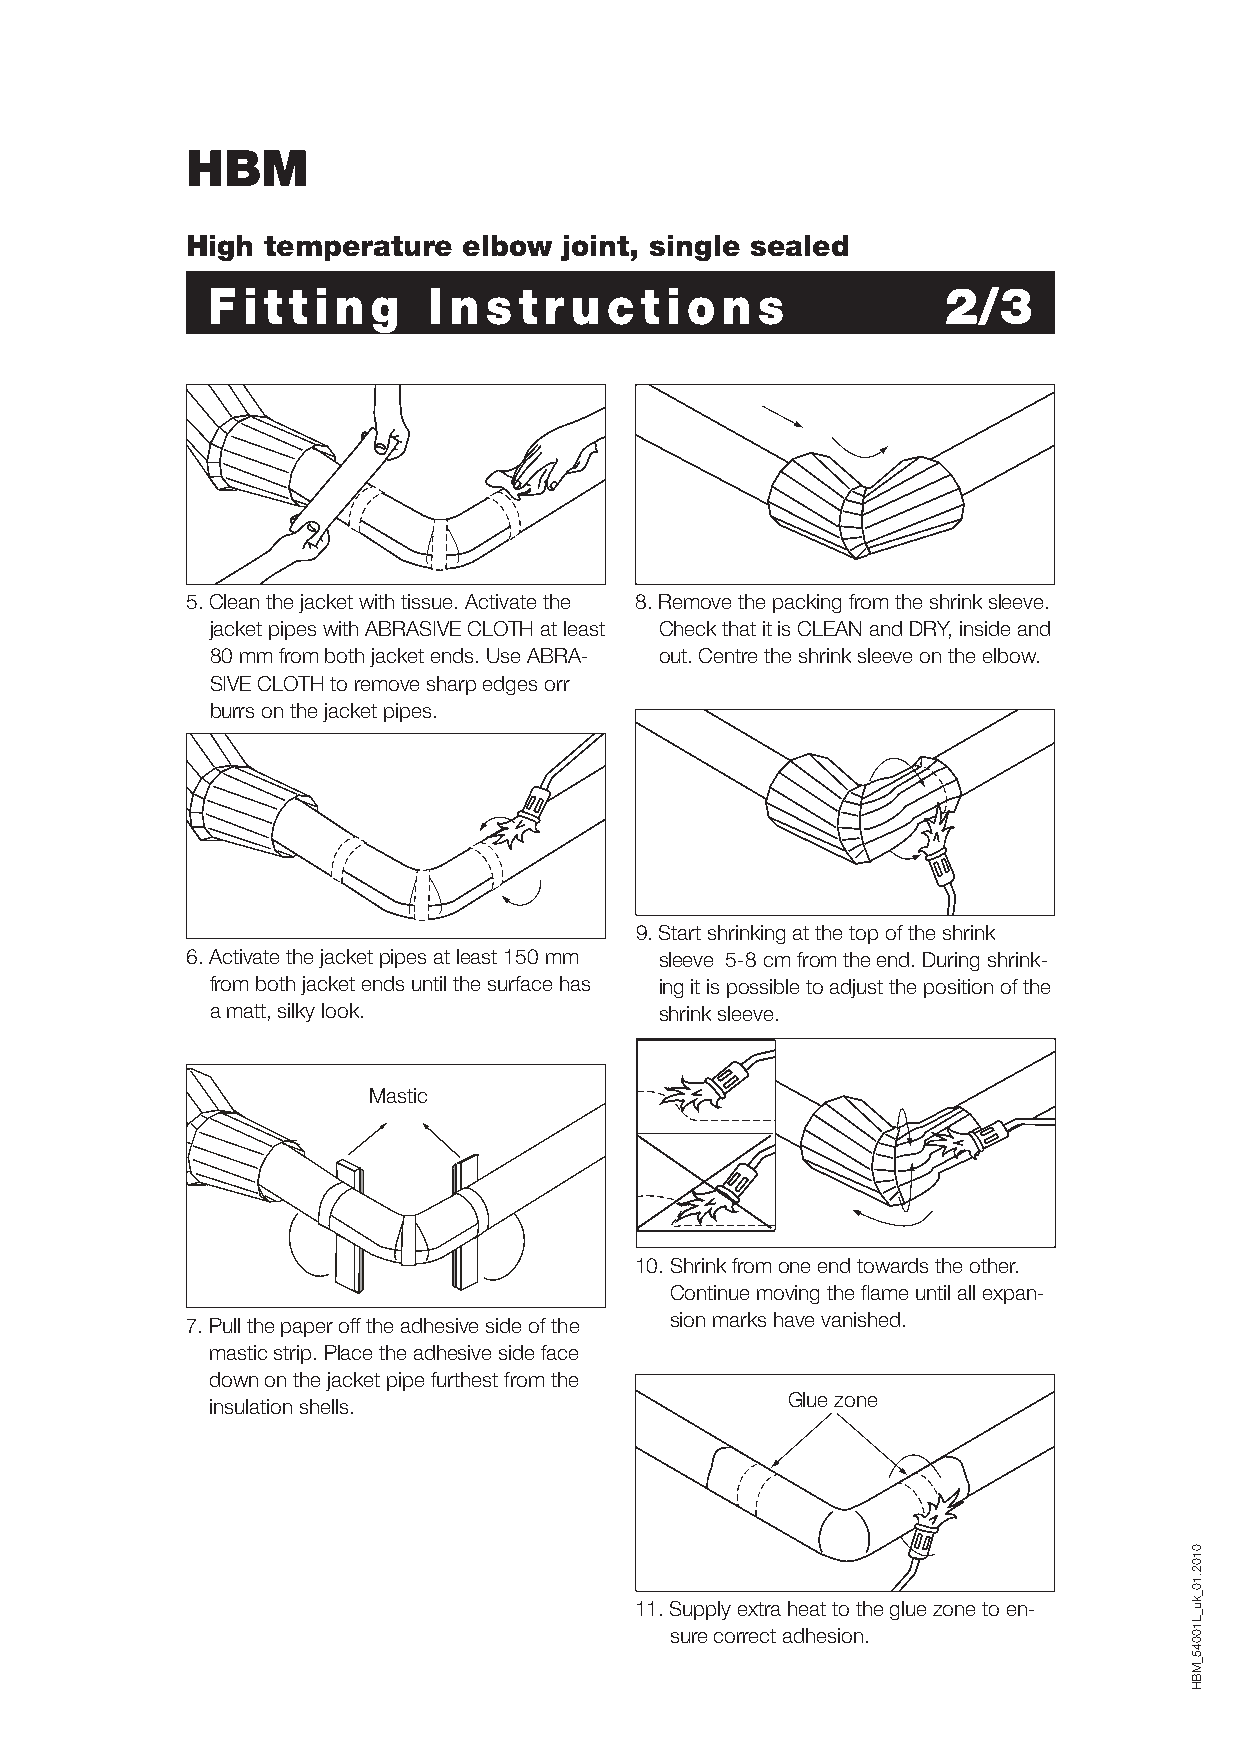
HBM
 High  temperature  elbow joint, single sealed
 F i t t i n g I n s t r u c t i o n s           2/3
 5. Clean the jacket with tissue. Activate the 8. Remove the packing from the shrink sleeve.
 jacket pipes with ABRASIVE CLOTH at least Check that it is CLEAN and DRY, inside and
 80 mm from both jacket ends. Use ABRA- out. Centre the shrink sleeve on the elbow.
 SIVE CLOTH to remove sharp edges orr
 burrs on the jacket pipes.
 9. Start shrinking at the top of the shrink
 6. Activate the jacket pipes at least 150 mm sleeve 5-8 cm from the end. During shrink-
 from both jacket ends until the surface has ing it is possible to adjust the position of the
 a matt, silky look.           shrink sleeve.
 Mastic
 10. Shrink from one end towards the other.
 Continue moving the fl ame until all expan-
 7. Pull the paper off the adhesive side of the sion marks have vanished.
 mastic strip. Place the adhesive side face
 down on the jacket pipe furthest from the
 Glue zone
 insulation shells.
 11. Supply extra heat to the glue zone to en-
 sure correct adhesion.
 0102.10_ku_L10045_MBH